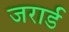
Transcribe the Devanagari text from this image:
जरार्ड